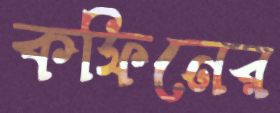
কফিনের